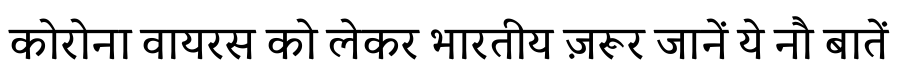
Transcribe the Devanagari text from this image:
कोरोना वायरस को लेकर भारतीय ज़रूर जानें ये नौ बातें